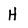
Character: H